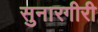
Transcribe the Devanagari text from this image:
सुनारगीरी